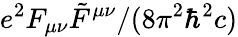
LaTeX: e^{2}F_{\mu\nu}\tilde{F}^{\mu\nu}/(8\pi^{2}\hbar^{2}c)